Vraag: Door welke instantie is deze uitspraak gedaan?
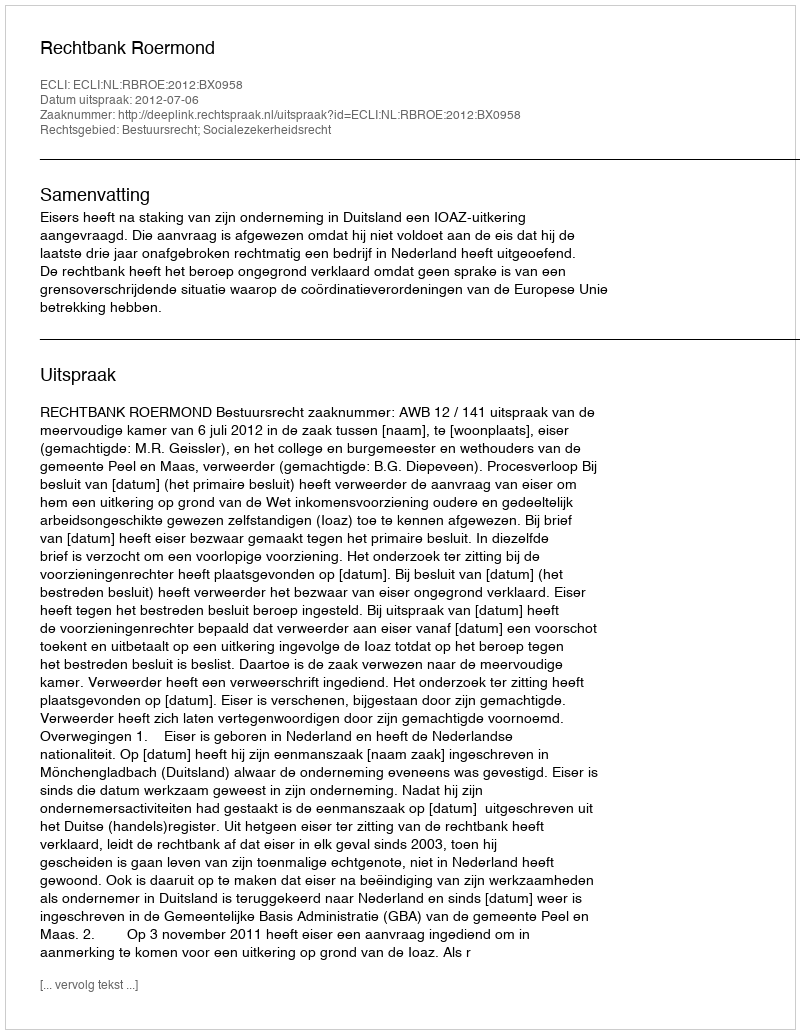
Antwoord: Rechtbank Roermond